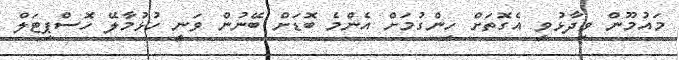
މައުމޫން ވިދާޅުވީ އެގޮތަށް ހިންގުމަށް އެންމެ ބޮޑަށް ބޭނުން ވަނީ ހުޅުމާލޭ ހޮސްޕިޓަލް